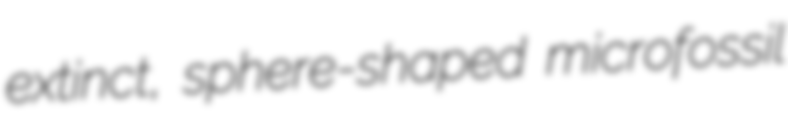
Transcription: extinct, sphere-shaped microfossil